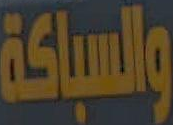
والسباكة